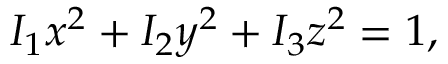
I _ { 1 } x ^ { 2 } + I _ { 2 } y ^ { 2 } + I _ { 3 } z ^ { 2 } = 1 ,